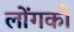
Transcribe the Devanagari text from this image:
लोंगकौ